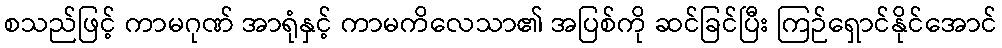
စသည်ဖြင့် ကာမဂုဏ် အာရုံနှင့် ကာမကိလေသာ၏ အပြစ်ကို ဆင်ခြင်ပြီး ကြဉ်ရှောင်နိုင်အောင်